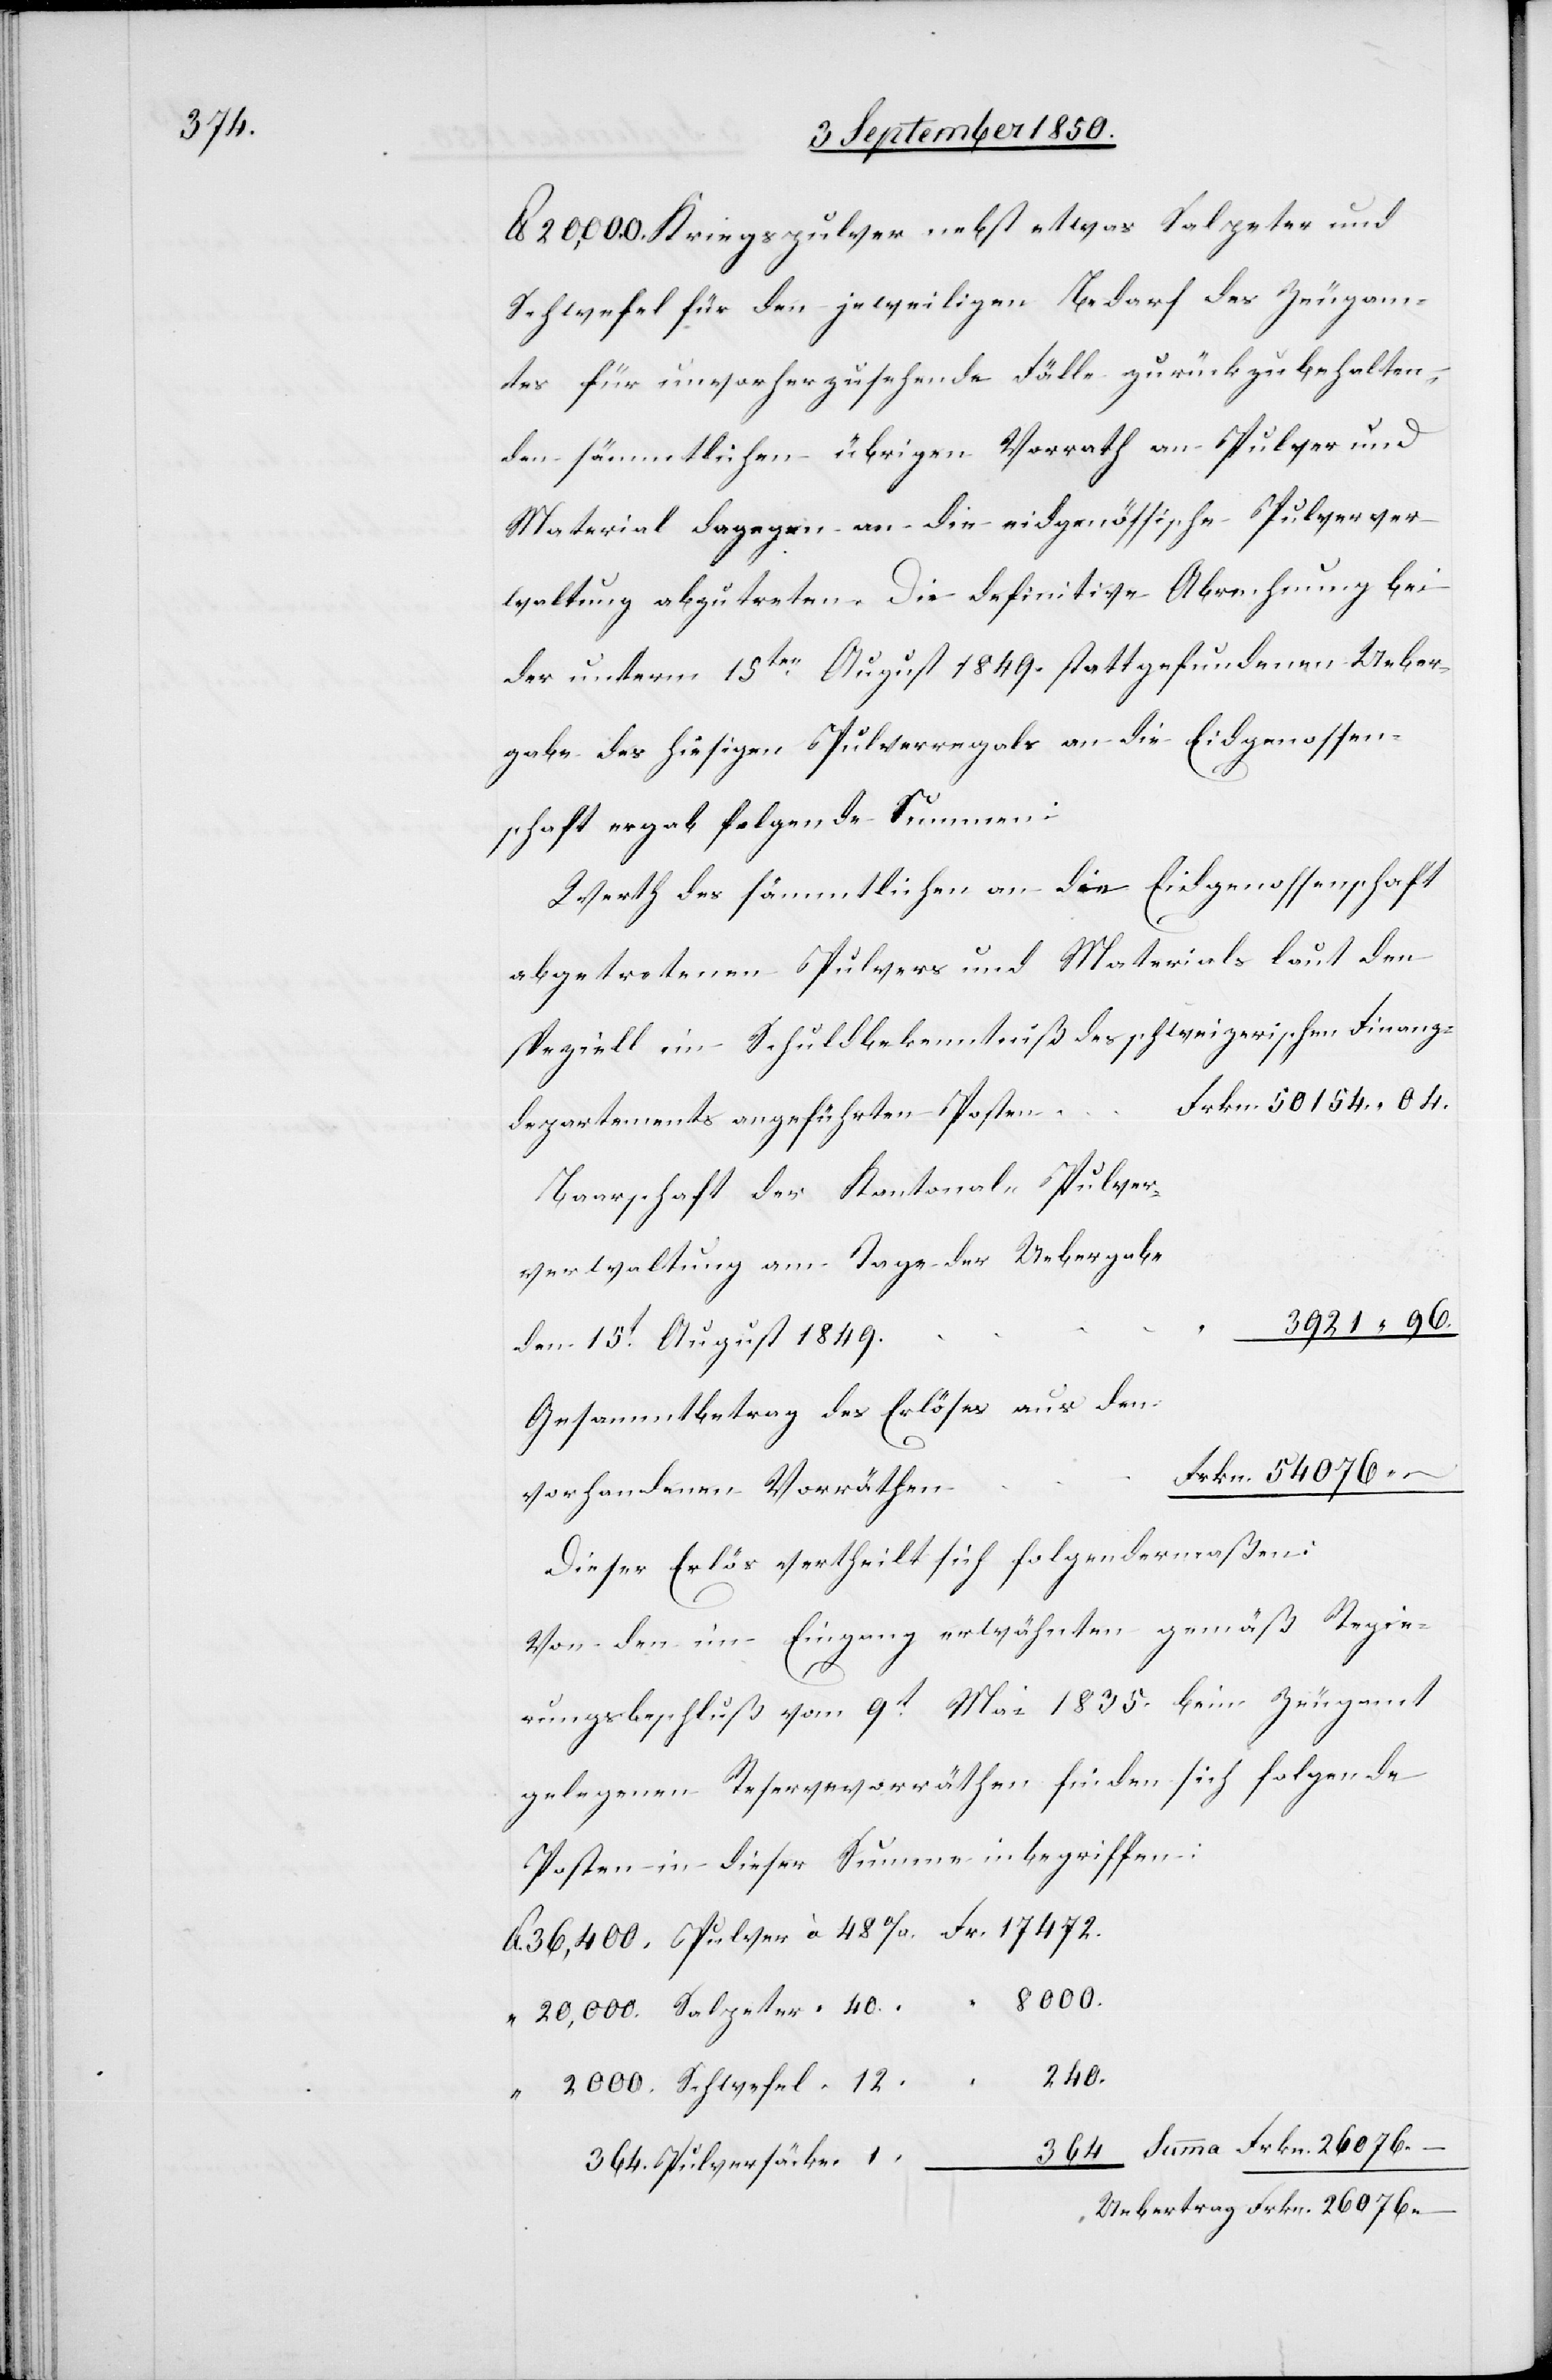
076.

lb 20,000. Kriegspulver nebst etwas Salpeter und
Schwefel für den jeweiligen Bedarf des Zeugam¬
tes für unvorherzusehende Fälle zurückzubehalten,
den sämmtlichen übrigen Vorrath an Pulver und
Material dagegen an die eidgenössische Pulverver¬
waltung abzutreten. Die definitive Abrechnung bei
der unterm 15ten August 1849. stattgefundenen Ueber¬
gabe des hiesigen Pulverregals an die Eidgenossen¬
schaft ergab folgende Summen:
Werth des sämmtlichen an die Eidgenossenschaft
abgetretenen Pulvers und Materials laut den
speziell im Schuldbekenntniß des schweizerischen Finanz¬
departements angeführten Posten
Baarschaft der Kantonal-Pulver¬
verwaltung am Tage der Uebergabe
den 15t August 1849.
Gesammtbetrag des Erlöses aus den
vorhandenen Vorräthen
Dieser Erlös vertheilt sich folgendermaßen:
Von den im Eingang erwähnten gemäß Regie¬
rungsbeschluß vom 9t Mai 1835. beim Zeugamt
gelegenen Reservevorräthen finden sich folgende
Posten in dieser Summe inbegriffen:
2000.
240.
40